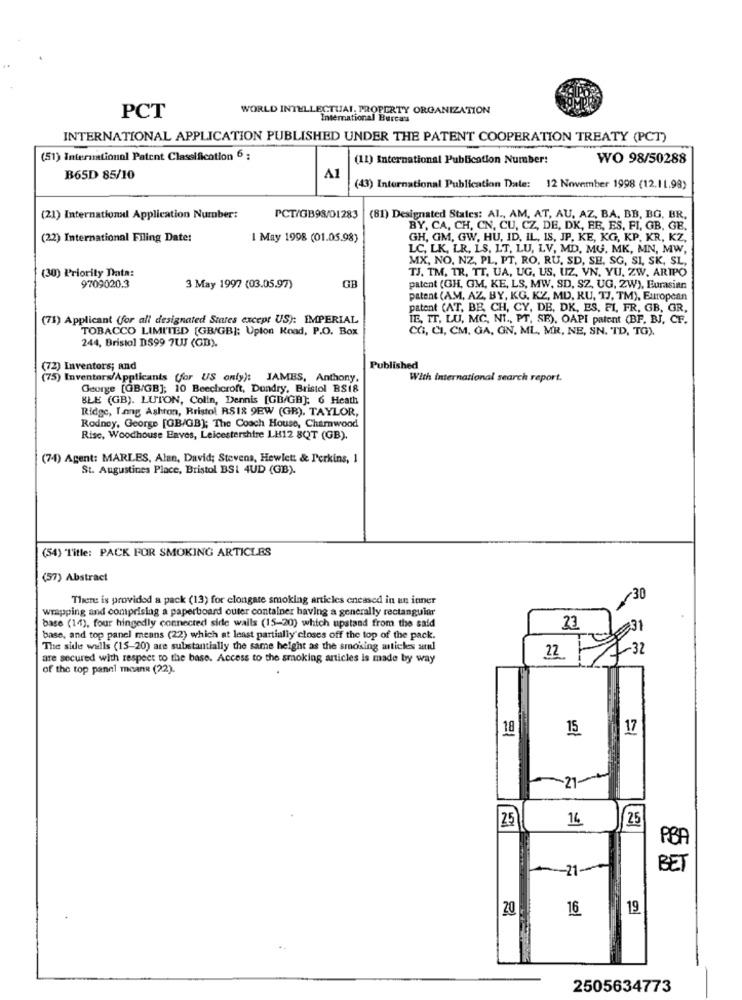
WORLD INTELLECTUAL PROPERTY ORGANIZATION
PCT
International Burcas
INTERNATIONAL APPLICATION PUBLISHED UNDER THE PATENT COOPERATION TREATY (PCT)
(51) International Patent Classification 6 ;
(11) International Publication Number:
WO 98/50288
B65D 85/10
A1
(43) International Publication Date: 12 November 1998 (12.11.98)
(21) International Application Number:
PCT/GB98/01283
(81) Designated States: Al ., AM, AT, AU, AZ, BA, BB, BG. BR.
BY, CA, CH, CN, CU, CZ, DE, DK, FE, ES, FI, GB, GE.
(22) International Filing Date:
I May 1998 (01.05.98)
GH, GM, GW, HU, ID, IL, IS, JP, KE, KG, KP. KR, KZ.
LC, LK, LR, LS, LT, LU, LV, MD, MG. MK, MN, MW,
MX, NO, NZ. PL, PT, RO, RU, SD, SE, SG, SI, SK, SL,
(30) Priority Data:
TJ. TM, TR, TT. UA, UG, US, UZ, VN. YU. ZW. ARTPO
GB
9709020.3
3 May 1997 (03.05.97)
patent (GH, GM, KE, LS, MW, SD, SZ, UG, ZW), Eurasian
patent (AM, AZ, BY, KG, KZ, MD, KU, TJ, TM), European
patent (AT, BE, CH, CY, DE, DK, ES, FI. FR, GB, GR,
(71) Applicant (for all designated States except US): IMPERIAL
TE, IT, LU, MC, NI ., PT, SE), OAPI patent (BF. BJ, CF.
TOBACCO LIMITED [GB/GB]; Upton Road, P.O. Box
CC, CI, CM, GA, ON, ML, MR, NE, SN. TD, TG).
244, Bristol DS99 7UJ (GB).
(72) Inventors; and
Published
(75) Inventors/Applicants (for US only): JAMES, Anthony,
With international search report.
George [GB/GB]; 10 Beechcroft, Dundry, Bristol BSi8
BLE (GB). LUTON, Colin, Dennis [GB/GB]: 6 Heath
Ridge, Yang Ashton, Bristol RSI8 9EW (GB). TAYLOR,
Rodney, George [GB/GB]; The Coach House, Chamwood
Risc, Woodhouse Enves, Leicestershire LH12 8QT (GB).
(74) Agent: MARLES, Alan, David; Stevens, Hewlett & Perkins, 1
St. Augustines Place, Bristol BSI 4UD (GB).
(54) Title: PACK FOR SMOKING ARTICLES
(57) Abstract
There is provided a pack (13) for clongate smoking articles enessed in un inner
30
wrapping and comprising a paperboard outer container having a generally rectangular
base (14), four hingedly connected side walls (15-20) which upstand from the said
23
base, and top panel means (22) which at least partially closes off the top of the pack.
The side walls (15-20) are substantially the same height as the smoking articles aml
7-32
are secured with respect to the base. Access to the smoking articles is made by way
22
of the top panel mcane (22).
18
15
17
14
25
/ 25
PBA
-21-
BET
16
19
20
2505634773